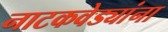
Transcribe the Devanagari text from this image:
नाटकवेड्यांना